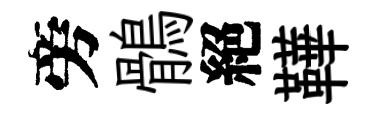
旁鶻絕鞾